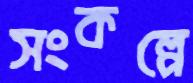
সংকল্পে